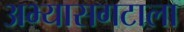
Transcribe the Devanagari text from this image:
अभ्यासगटाला